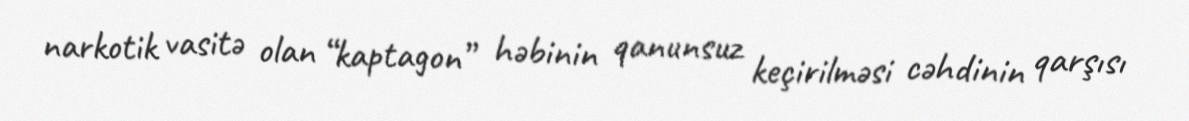
narkotik vasitə olan “kaptagon” həbinin qanunsuz keçirilməsi cəhdinin qarşısı